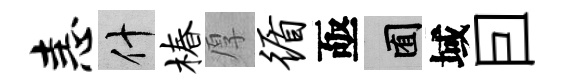
恚什椿厚循亟囿域囙